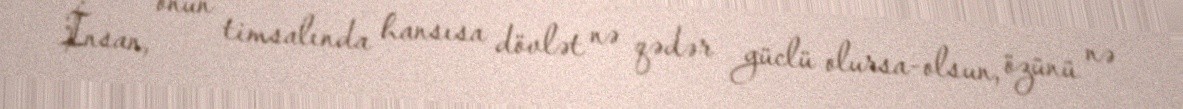
İnsan, onun timsalında hansısa dövlət nə qədər güclü olursa-olsun, özünü nə